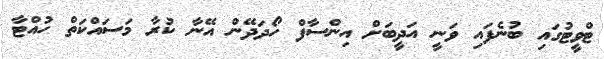
ޓްވީޓުގައި ބުނެފައި ވަނީ އަދީބަށް އިންސާފް ހޯދަދޭން އޭނާ ކުރާ މަސައްކަތް ހުއްޓާ